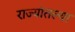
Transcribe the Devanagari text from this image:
राज्यांतल्या